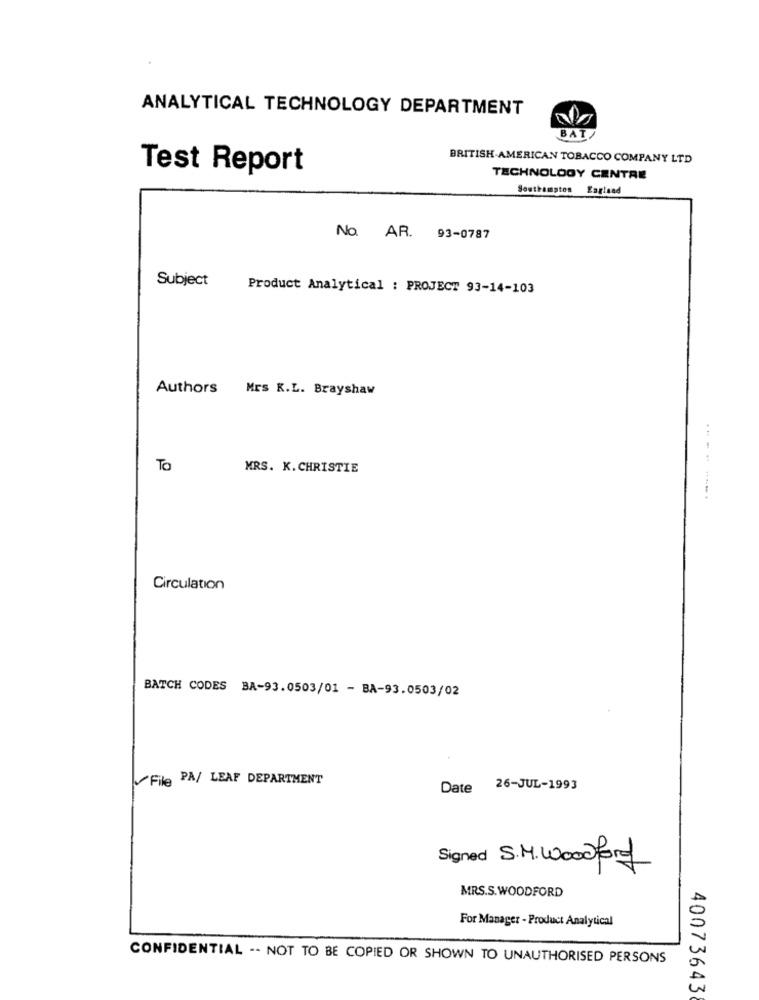
ANALYTICAL TECHNOLOGY DEPARTMENT
BAT
BRITISH AMERICAN TOBACCO COMPANY LTD
Test Report
TECHNOLOGY CENTRE
Southampton England
No. AR. 93-0787
Subject
Product Analytical : PROJECT 93-14-103
Authors Mrs K.L. Brayshaw
To
MRS. K. CHRISTIE
..... .....
Circulation
BATCH CODES BA-93.0503/01 - BA-93.0503/02
File PA/ LEAF DEPARTMENT
Date 26-JUL-1993
Signed S.M. Woodford
MRS.S.WOODFORD
For Manager - Product Analytical
CONFIDENTIAL -- NOT TO BE COPIED OR SHOWN TO UNAUTHORISED PERSONS
40073643